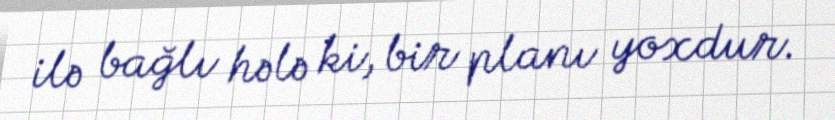
ilə bağlı hələ ki, bir planı yoxdur.